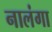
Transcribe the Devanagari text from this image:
नालंगा